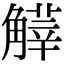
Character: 𧤱